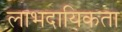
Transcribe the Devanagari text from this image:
लाभदायिकता